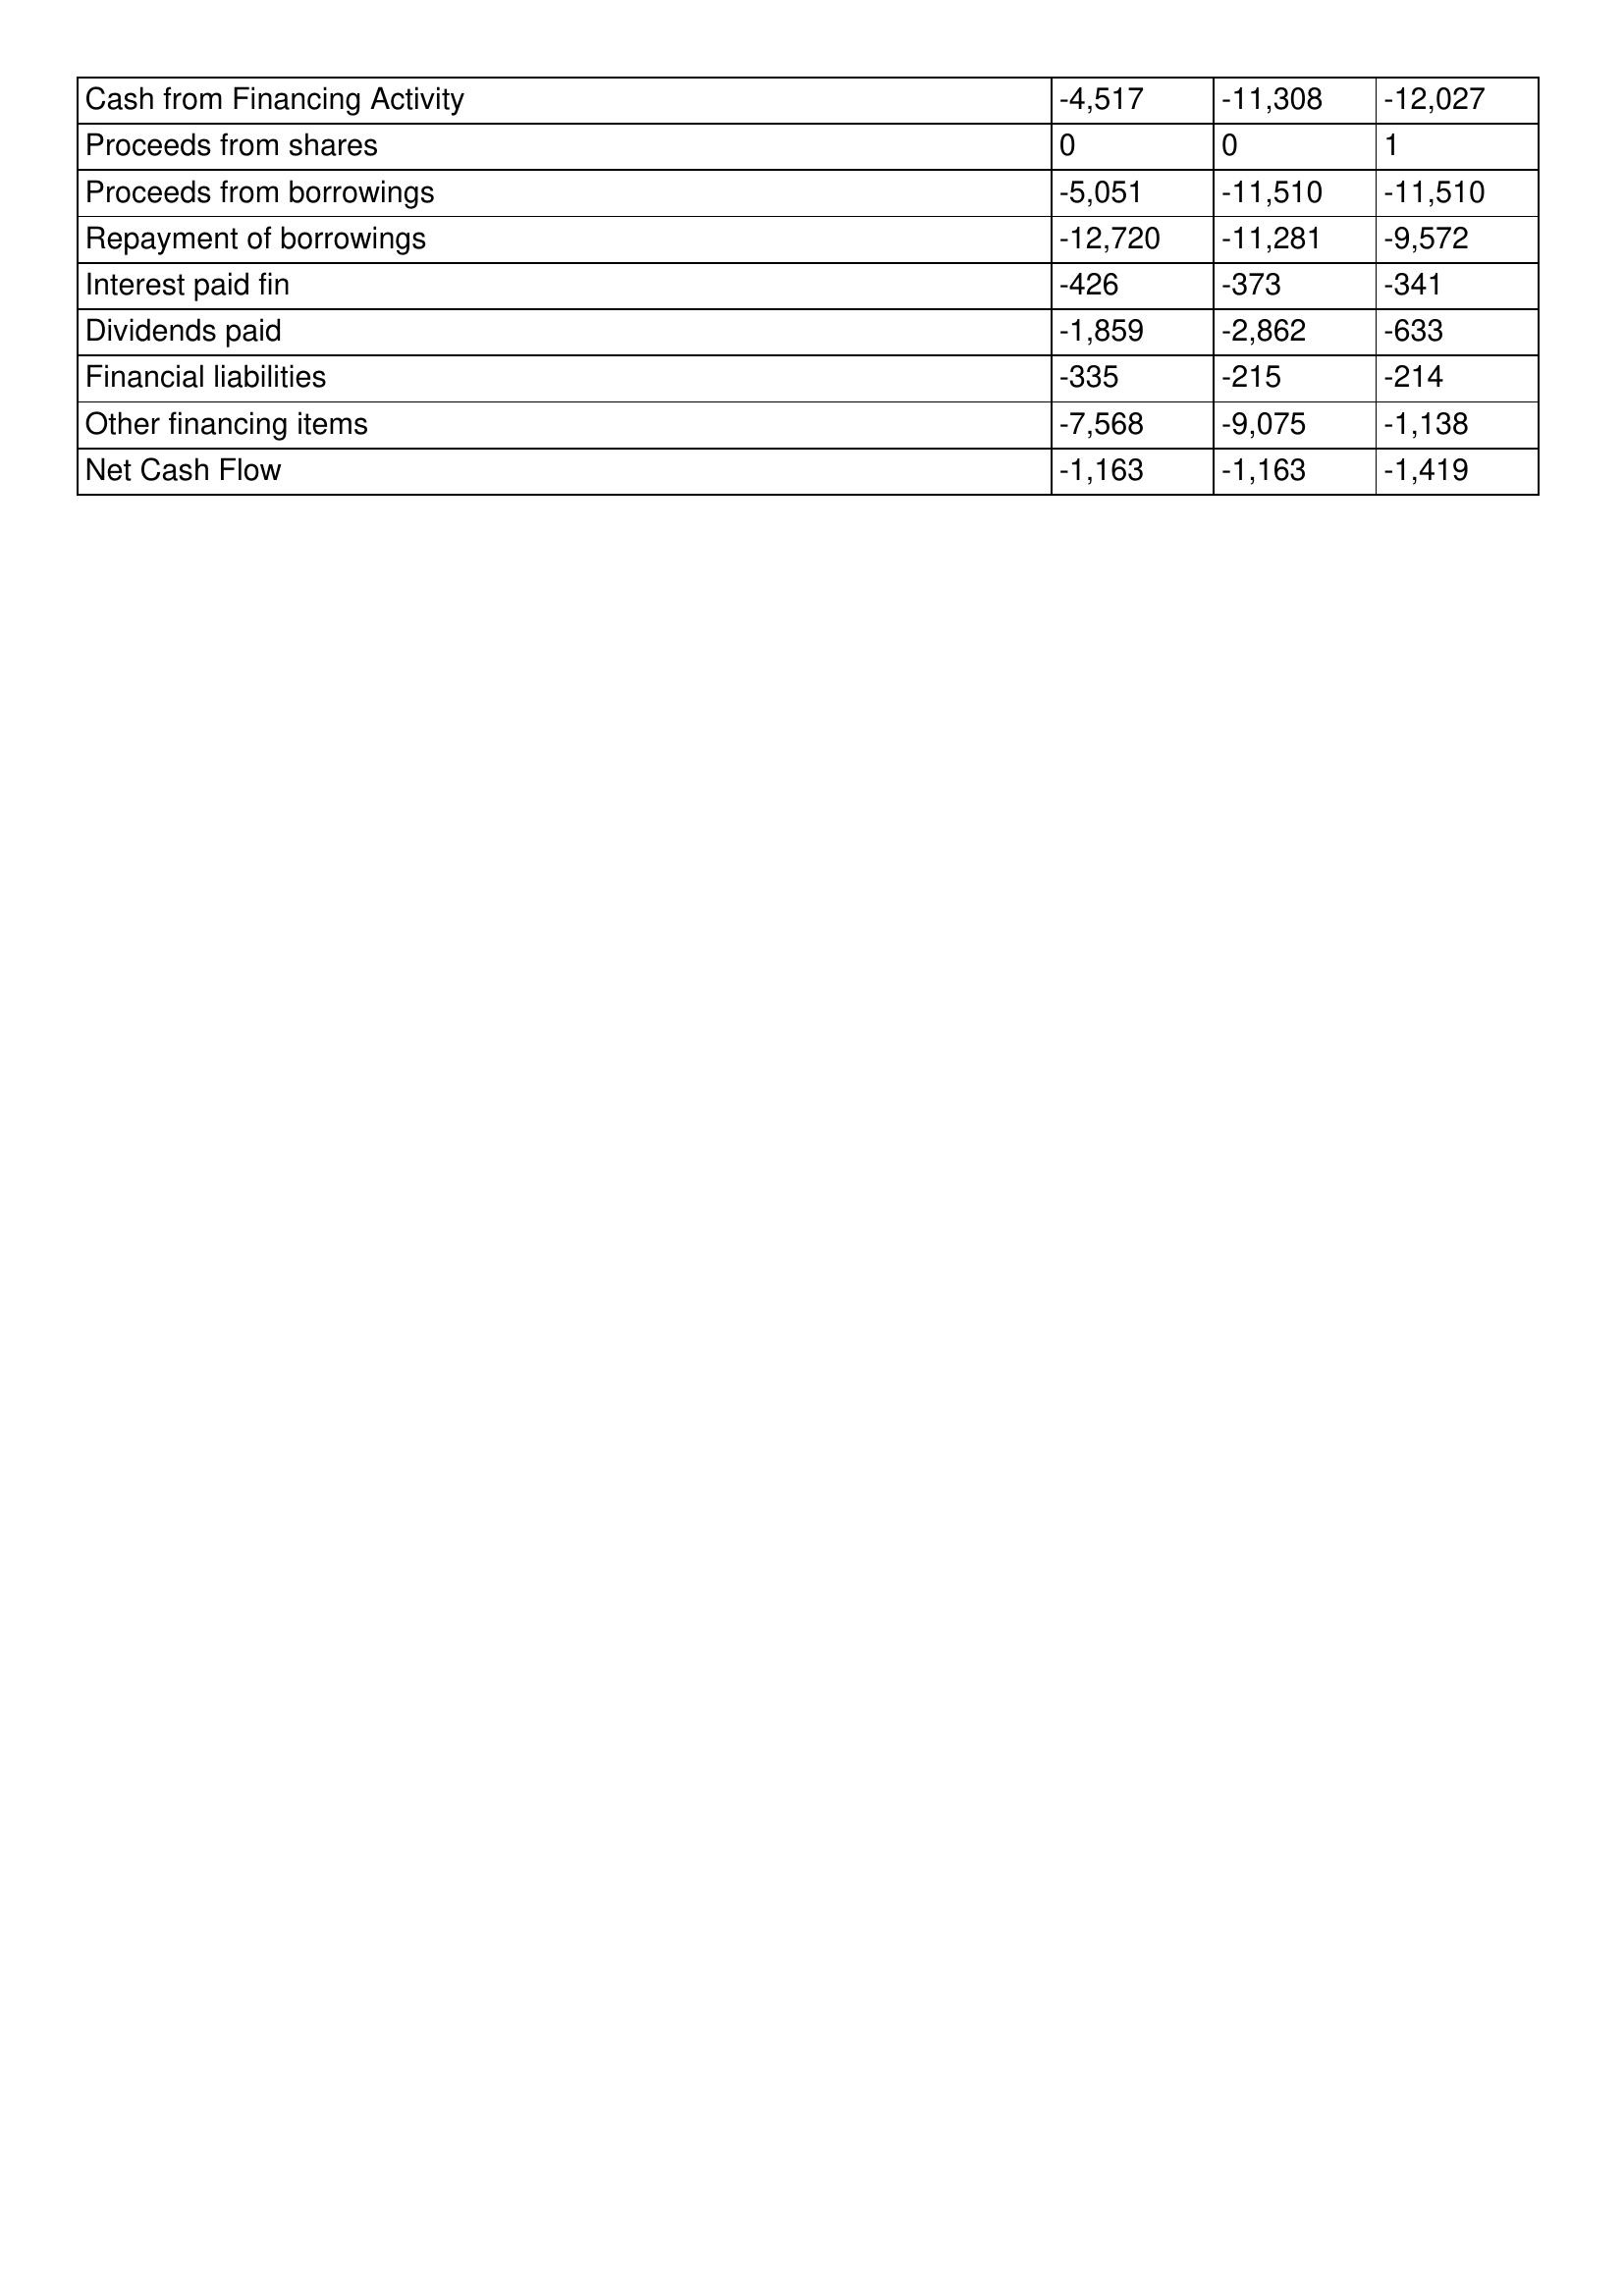
gt_parse: 1994: Cash Flows: Cash from Financing Activity: -4,517
Proceeds from shares: 0
Proceeds from borrowings: -5,051
Repayment of borrowings: -12,720
Interest paid fin: -426
Dividends paid: -1,859
Financial liabilities: -335
Other financing items: -7,568
Net Cash Flow: -1,163
1993: Cash Flows: Cash from Financing Activity: -11,308
Proceeds from shares: 0
Proceeds from borrowings: -11,510
Repayment of borrowings: -11,281
Interest paid fin: -373
Dividends paid: -2,862
Financial liabilities: -215
Other financing items: -9,075
Net Cash Flow: -1,163
1992: Cash Flows: Cash from Financing Activity: -12,027
Proceeds from shares: 1
Proceeds from borrowings: -11,510
Repayment of borrowings: -9,572
Interest paid fin: -341
Dividends paid: -633
Financial liabilities: -214
Other financing items: -1,138
Net Cash Flow: -1,419